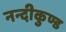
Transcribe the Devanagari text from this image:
नन्दीकुण्ड